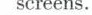
screens.